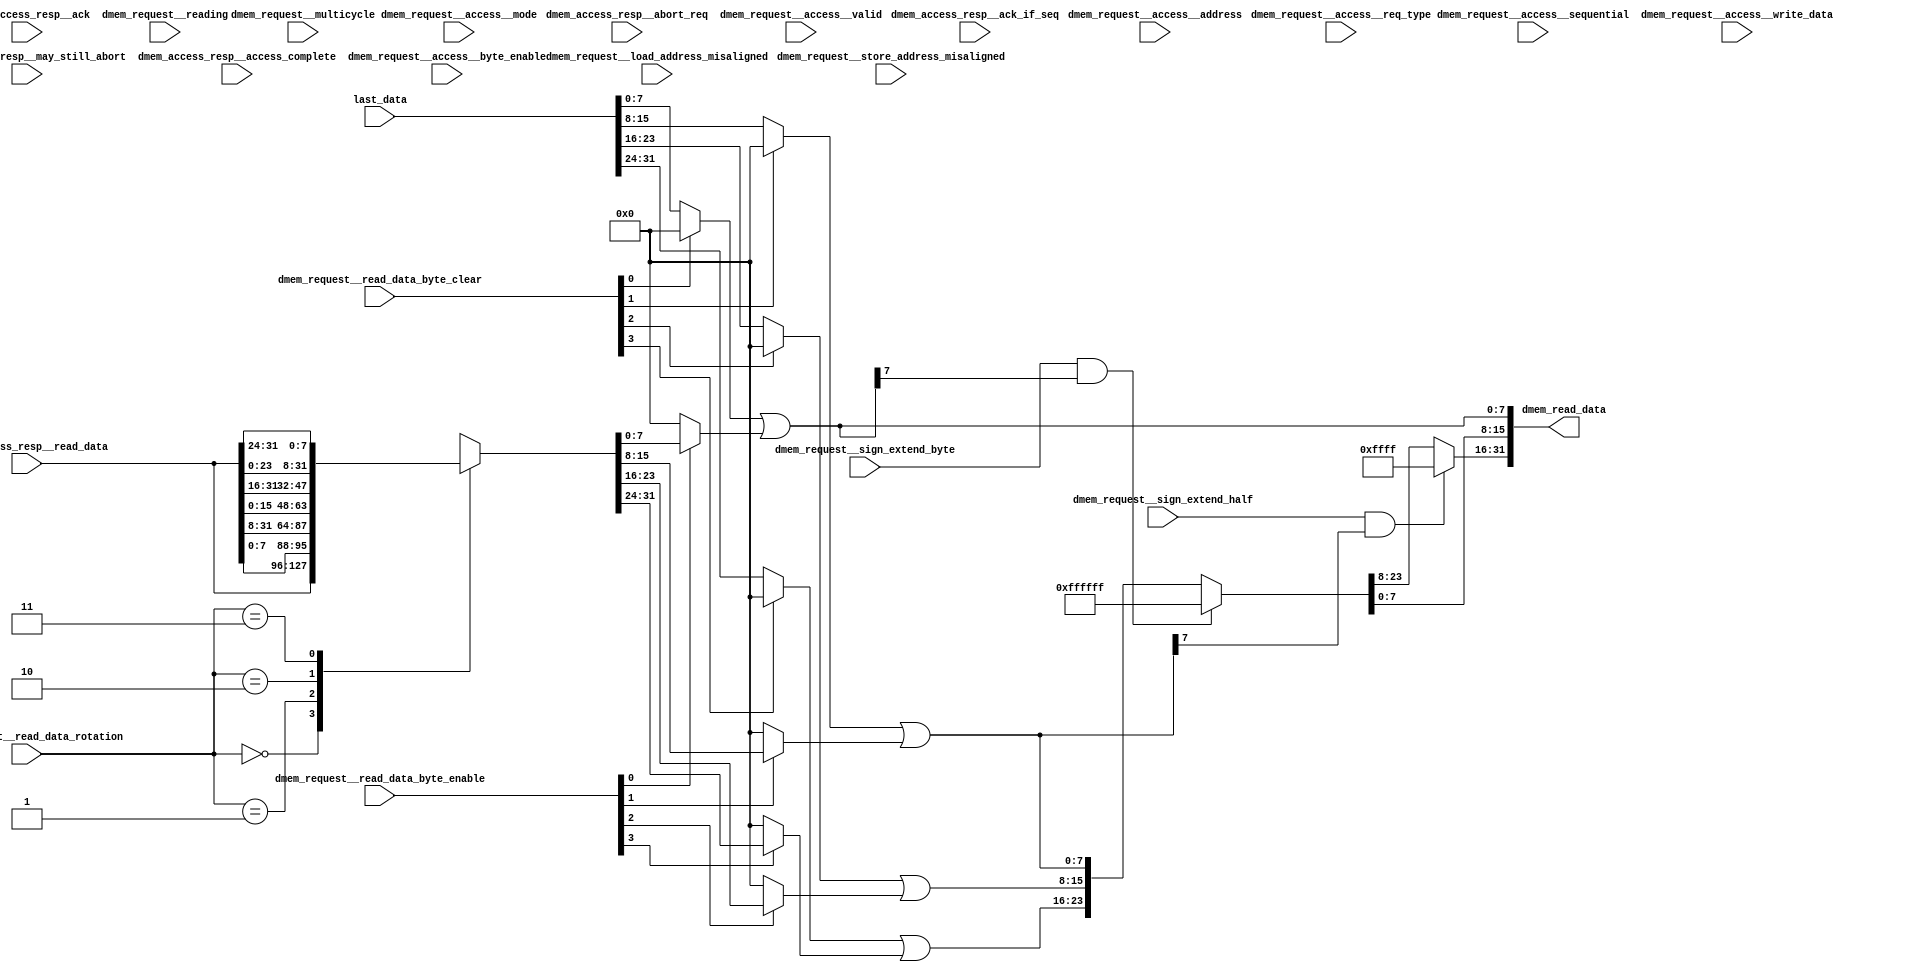
//a Note: created by CDL 1.4 - do not hand edit without recognizing it will be out of sync with the source
// Output mode 0 (VMOD=1, standard verilog=0)
// Verilog option comb reg suffix '__var'
// Verilog option include_displays 0
// Verilog option include_assertions 1
// Verilog option sv_assertions 0
// Verilog option assert delay string '<NULL>'
// Verilog option include_coverage 0
// Verilog option clock_gate_module_instance_type 'banana'
// Verilog option clock_gate_module_instance_extra_ports ''
// Verilog option use_always_at_star 1
// Verilog option clocks_must_have_enables 1

//a Module riscv_i32_dmem_read_data
    //   
    //   
    //   
module riscv_i32_dmem_read_data
(

    dmem_access_resp__ack_if_seq,
    dmem_access_resp__ack,
    dmem_access_resp__abort_req,
    dmem_access_resp__may_still_abort,
    dmem_access_resp__access_complete,
    dmem_access_resp__read_data,
    last_data,
    dmem_request__access__valid,
    dmem_request__access__mode,
    dmem_request__access__req_type,
    dmem_request__access__address,
    dmem_request__access__sequential,
    dmem_request__access__byte_enable,
    dmem_request__access__write_data,
    dmem_request__load_address_misaligned,
    dmem_request__store_address_misaligned,
    dmem_request__reading,
    dmem_request__read_data_rotation,
    dmem_request__read_data_byte_clear,
    dmem_request__read_data_byte_enable,
    dmem_request__sign_extend_byte,
    dmem_request__sign_extend_half,
    dmem_request__multicycle,

    dmem_read_data
);

    //b Clocks

    //b Inputs
    input dmem_access_resp__ack_if_seq;
    input dmem_access_resp__ack;
    input dmem_access_resp__abort_req;
    input dmem_access_resp__may_still_abort;
    input dmem_access_resp__access_complete;
    input [31:0]dmem_access_resp__read_data;
    input [31:0]last_data;
    input dmem_request__access__valid;
    input [2:0]dmem_request__access__mode;
    input [4:0]dmem_request__access__req_type;
    input [31:0]dmem_request__access__address;
    input dmem_request__access__sequential;
    input [3:0]dmem_request__access__byte_enable;
    input [31:0]dmem_request__access__write_data;
    input dmem_request__load_address_misaligned;
    input dmem_request__store_address_misaligned;
    input dmem_request__reading;
    input [1:0]dmem_request__read_data_rotation;
    input [3:0]dmem_request__read_data_byte_clear;
    input [3:0]dmem_request__read_data_byte_enable;
    input dmem_request__sign_extend_byte;
    input dmem_request__sign_extend_half;
    input dmem_request__multicycle;

    //b Outputs
    output [31:0]dmem_read_data;

// output components here

    //b Output combinatorials
    reg [31:0]dmem_read_data;

    //b Output nets

    //b Internal and output registers

    //b Internal combinatorials
    reg [31:0]mem_combs__aligned_data;
    reg [31:0]mem_combs__memory_data;

    //b Internal nets

    //b Clock gating module instances
    //b Module instances
    //b code combinatorial process
    always @ ( * )//code
    begin: code__comb_code
    reg [31:0]mem_combs__aligned_data__var;
    reg [31:0]mem_combs__memory_data__var;
    reg [31:0]dmem_read_data__var;
        mem_combs__aligned_data__var = dmem_access_resp__read_data;
        case (dmem_request__read_data_rotation) //synopsys parallel_case
        2'h0: // req 1
            begin
            mem_combs__aligned_data__var = dmem_access_resp__read_data;
            end
        2'h1: // req 1
            begin
            mem_combs__aligned_data__var = {dmem_access_resp__read_data[7:0],dmem_access_resp__read_data[31:8]};
            end
        2'h2: // req 1
            begin
            mem_combs__aligned_data__var = {dmem_access_resp__read_data[15:0],dmem_access_resp__read_data[31:16]};
            end
        2'h3: // req 1
            begin
            mem_combs__aligned_data__var = {dmem_access_resp__read_data[23:0],dmem_access_resp__read_data[31:24]};
            end
    //synopsys  translate_off
    //pragma coverage off
        default:
            begin
                if (1)
                begin
                    $display("%t *********CDL ASSERTION FAILURE:riscv_i32_dmem_read_data:code: Full switch statement did not cover all values", $time);
                end
            end
    //pragma coverage on
    //synopsys  translate_on
        endcase
        mem_combs__memory_data__var = mem_combs__aligned_data__var;
        mem_combs__memory_data__var[7:0] = (((dmem_request__read_data_byte_clear[0]!=1'h0)?8'h0:last_data[7:0]) | ((dmem_request__read_data_byte_enable[0]!=1'h0)?mem_combs__aligned_data__var[7:0]:8'h0));
        mem_combs__memory_data__var[15:8] = (((dmem_request__read_data_byte_clear[1]!=1'h0)?8'h0:last_data[15:8]) | ((dmem_request__read_data_byte_enable[1]!=1'h0)?mem_combs__aligned_data__var[15:8]:8'h0));
        mem_combs__memory_data__var[23:16] = (((dmem_request__read_data_byte_clear[2]!=1'h0)?8'h0:last_data[23:16]) | ((dmem_request__read_data_byte_enable[2]!=1'h0)?mem_combs__aligned_data__var[23:16]:8'h0));
        mem_combs__memory_data__var[31:24] = (((dmem_request__read_data_byte_clear[3]!=1'h0)?8'h0:last_data[31:24]) | ((dmem_request__read_data_byte_enable[3]!=1'h0)?mem_combs__aligned_data__var[31:24]:8'h0));
        dmem_read_data__var = mem_combs__memory_data__var;
        if (((dmem_request__sign_extend_byte!=1'h0)&&(mem_combs__memory_data__var[7]!=1'h0)))
        begin
            dmem_read_data__var[31:8] = 24'hffffff;
        end //if
        if (((dmem_request__sign_extend_half!=1'h0)&&(mem_combs__memory_data__var[15]!=1'h0)))
        begin
            dmem_read_data__var[31:16] = 16'hffff;
        end //if
        mem_combs__aligned_data = mem_combs__aligned_data__var;
        mem_combs__memory_data = mem_combs__memory_data__var;
        dmem_read_data = dmem_read_data__var;
    end //always

endmodule // riscv_i32_dmem_read_data